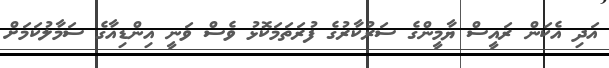
އަދި އެކަން ރައީސް ޔާމީންގެ ސަރުކާރުގެ ފުރަތަމަކޮޅު ވެސް ވަނީ އިންޑިއާގެ ސަމާލުކަމަށް